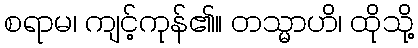
စရာမ၊ ကျင့်ကုန်၏။ တသ္မာဟိ၊ ထိုသို့